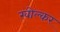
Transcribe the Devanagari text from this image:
खोल्कर